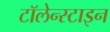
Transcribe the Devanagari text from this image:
टॉलेन्स्टाइन